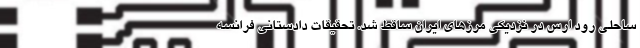
ساحلی رود ارس در نزدیکی مرزهای ایران ساقط شد. تحقیقات دادستانی فرانسه